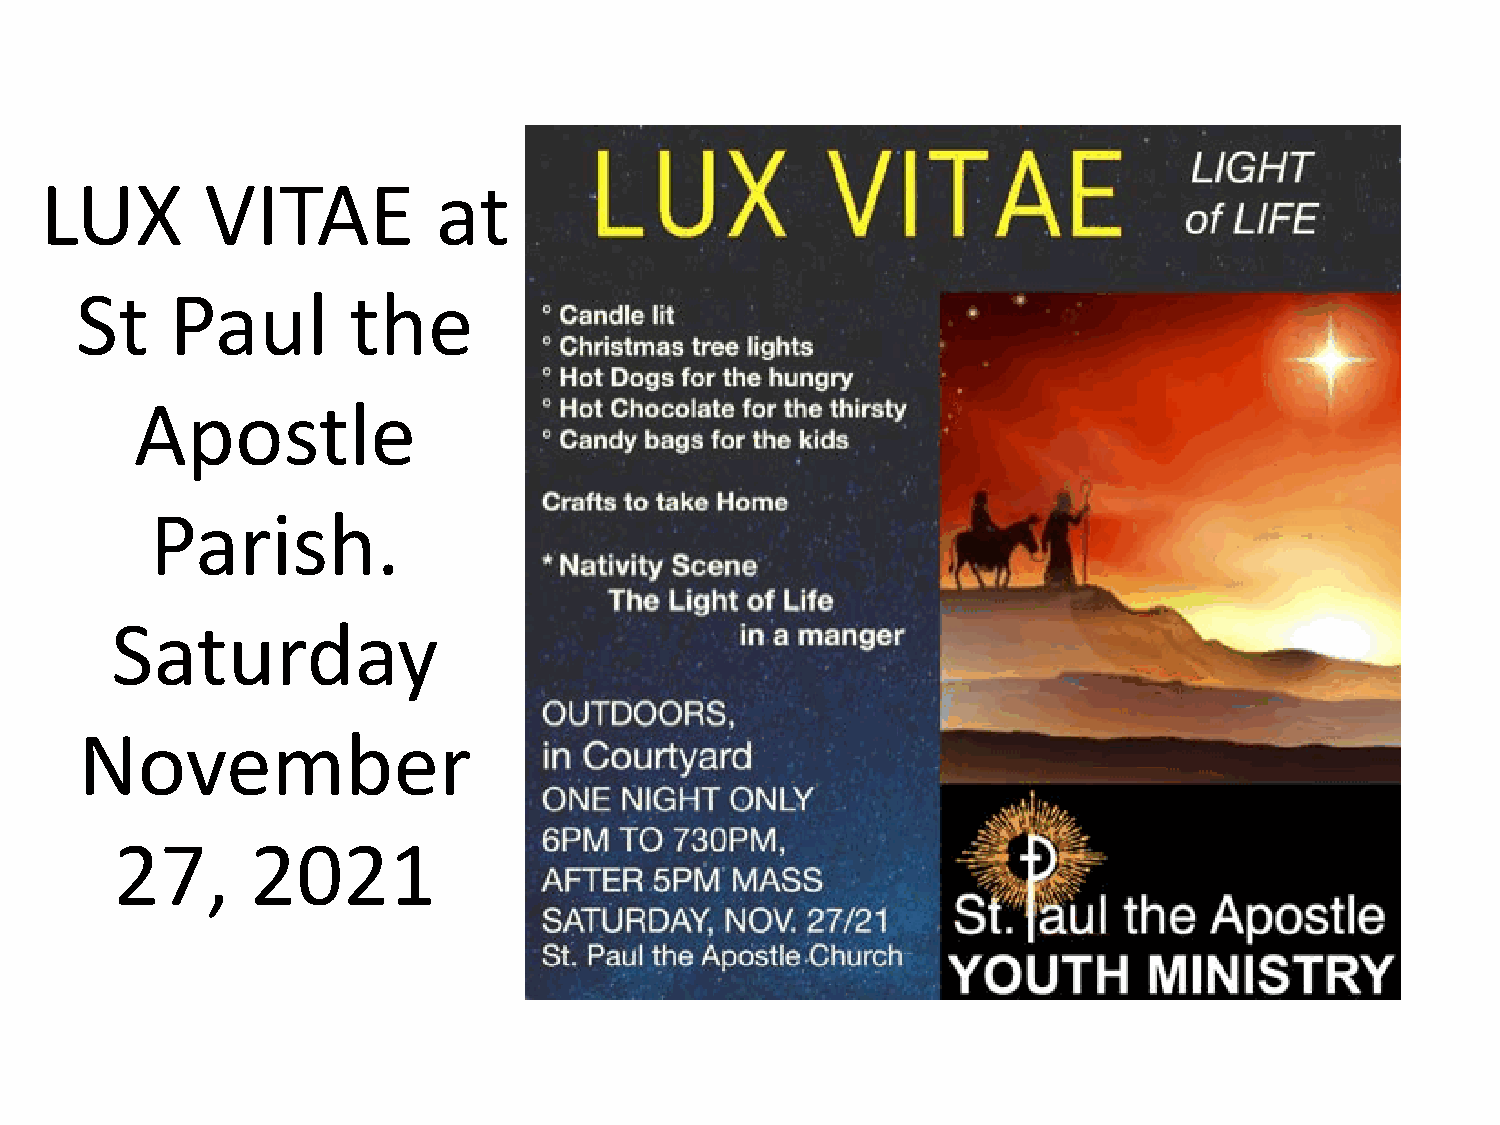
LUX        VITAE          at
 St    Paul        the
 Apostle
 Parish.
 Saturday
 November
 27,      2021